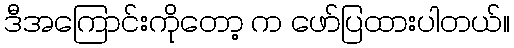
ဒီအကြောင်းကိုတော့ က ဖော်ပြထားပါတယ်။